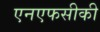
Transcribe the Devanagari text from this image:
एनएफसीकी